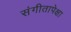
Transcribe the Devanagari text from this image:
संगीतापेक्षा